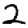
Digit: 2